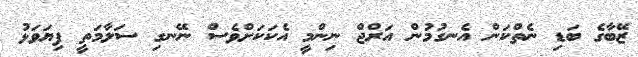
ޒޭބާގެ ބަޑި ނެތްކަން އެނގުމުން އަރްޖް ނިންމީ އެކަކަށްވެސް ނޭނގި ސަލާމަތީ ފިޔަވަޅު